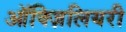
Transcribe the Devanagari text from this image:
ऑक्ज़िलियरी